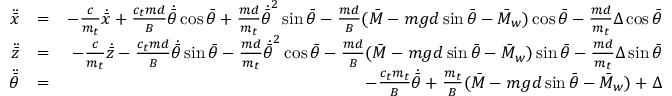
\begin{array} { r l r } { \ddot { \bar { x } } } & { = } & { - \frac { c } { m _ { t } } \dot { \bar { x } } + \frac { c _ { t } m d } { B } \dot { \bar { \theta } } \cos \bar { \theta } + \frac { m d } { m _ { t } } \dot { \bar { \theta } } ^ { 2 } \sin \bar { \theta } - \frac { m d } { B } ( \bar { M } - m g d \sin \bar { \theta } - \bar { M } _ { w } ) \cos \bar { \theta } - \frac { m d } { m _ { t } } \Delta \cos \bar { \theta } } \\ { \ddot { \bar { z } } } & { = } & { - \frac { c } { m _ { t } } \dot { \bar { z } } - \frac { c _ { t } m d } { B } \dot { \bar { \theta } } \sin \bar { \theta } - \frac { m d } { m _ { t } } \dot { \bar { \theta } } ^ { 2 } \cos \bar { \theta } - \frac { m d } { B } ( \bar { M } - m g d \sin \bar { \theta } - \bar { M } _ { w } ) \sin \bar { \theta } - \frac { m d } { m _ { t } } \Delta \sin \bar { \theta } } \\ { \ddot { \bar { \theta } } } & { = } & { - \frac { c _ { t } m _ { t } } { B } \dot { \bar { \theta } } + \frac { m _ { t } } { B } ( \bar { M } - m g d \sin \bar { \theta } - \bar { M } _ { w } ) + \Delta } \end{array}